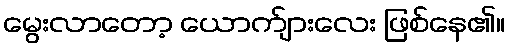
မွေးလာတော့ ယောက်ျားလေး ဖြစ်နေ၏။